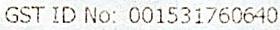
GST ID NO: 001531760640